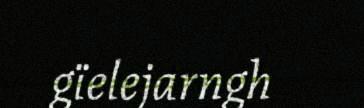
gïelejarngh